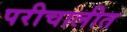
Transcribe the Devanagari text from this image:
परीचालीत